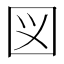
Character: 図